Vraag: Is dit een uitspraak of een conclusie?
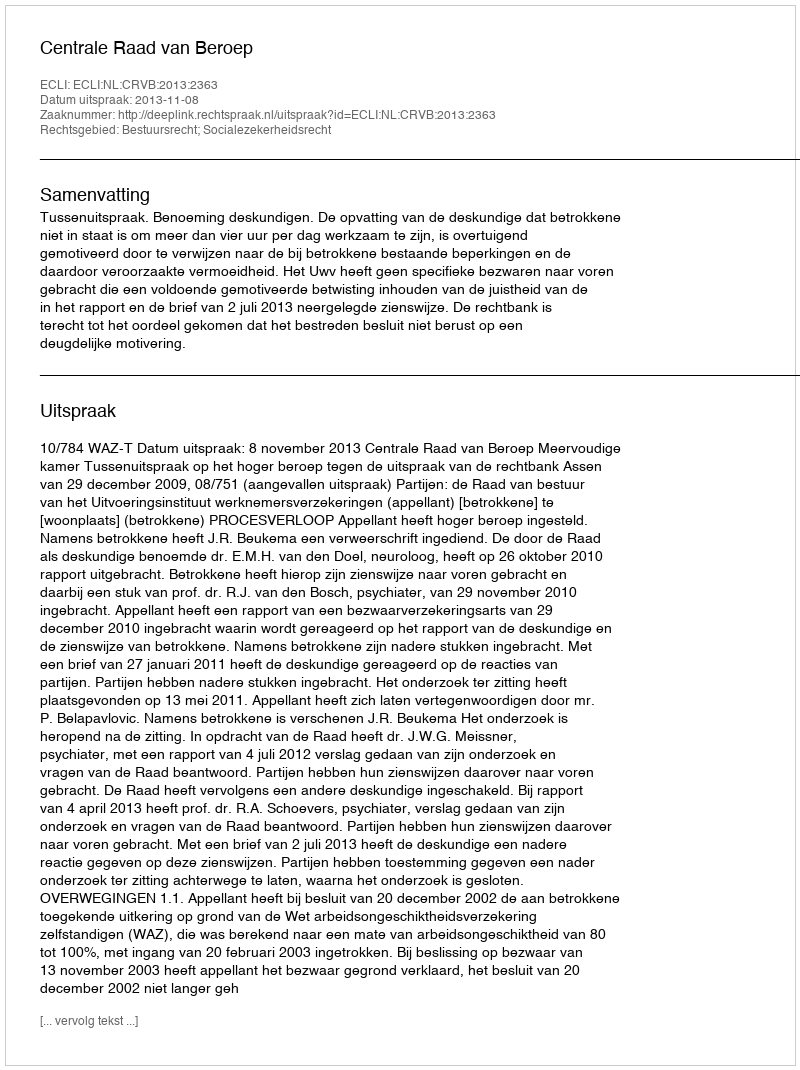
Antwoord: Uitspraak